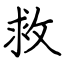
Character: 救